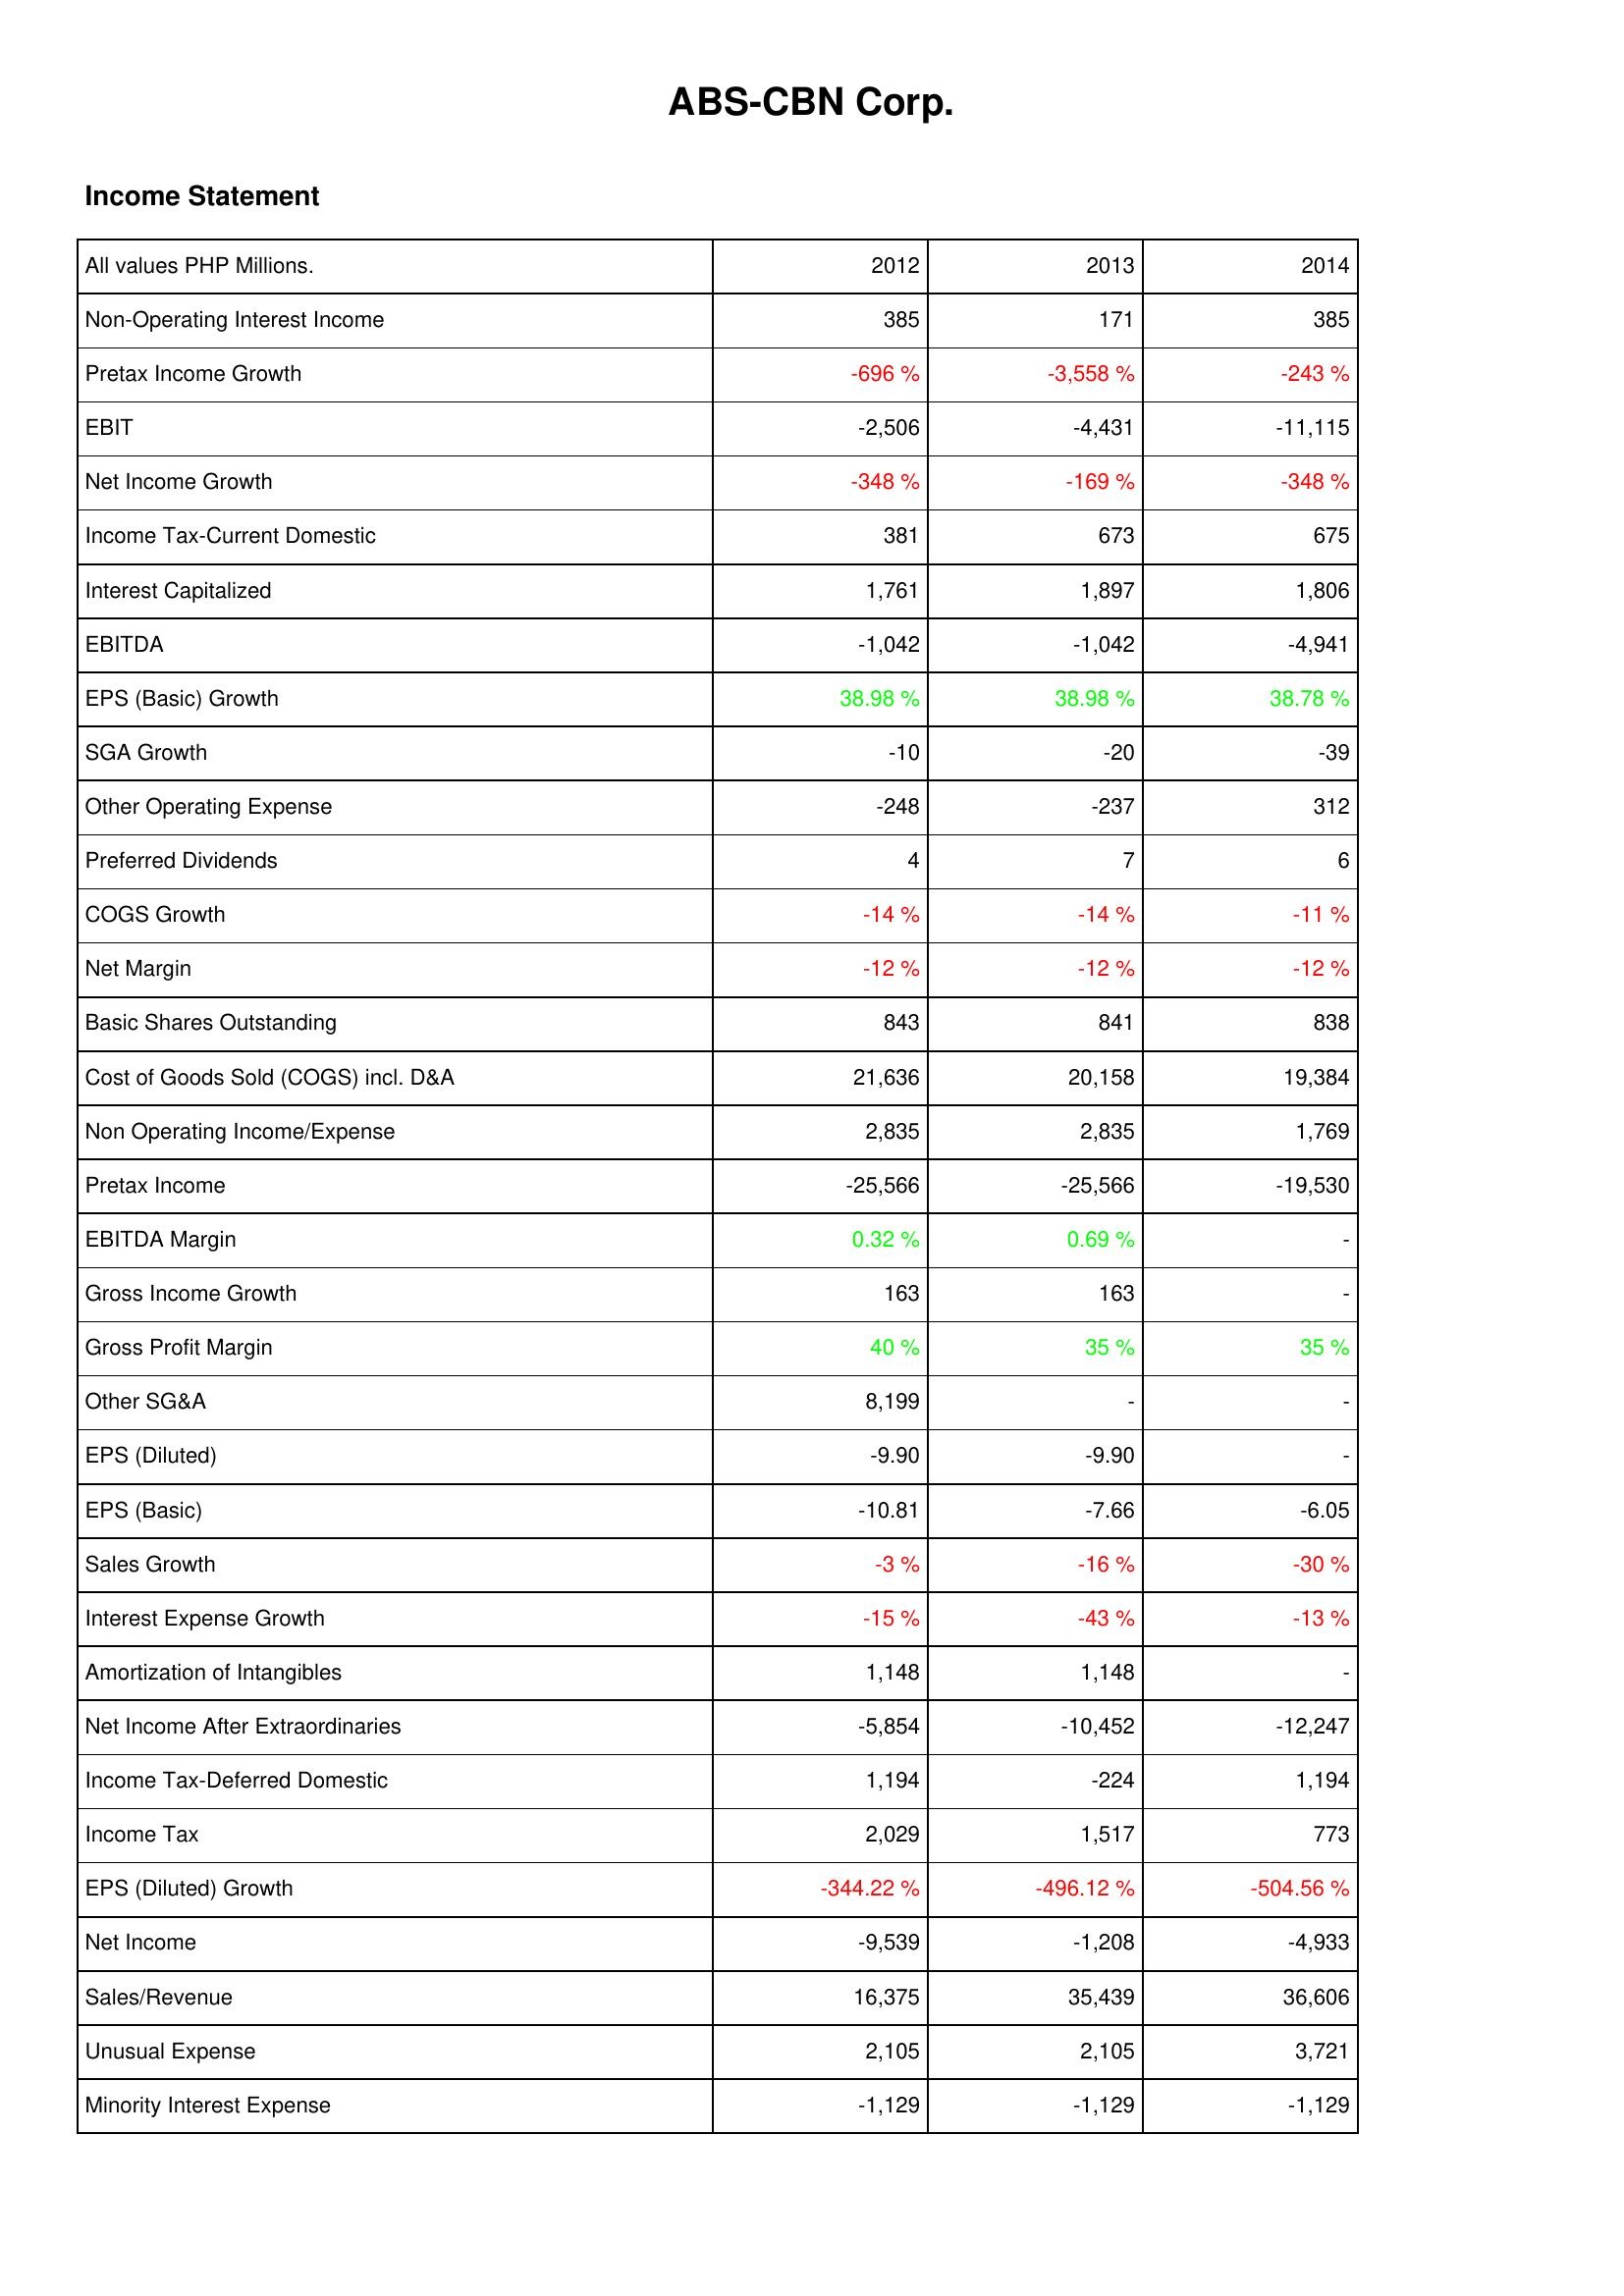
2012: Income Statement: Non-Operating Interest Income: 385
Pretax Income Growth: -696 %
EBIT: -2,506
Net Income Growth: -348 %
Income Tax-Current Domestic: 381
Interest Capitalized: 1,761
EBITDA: -1,042
EPS (Basic) Growth: 38.98 %
SGA Growth: -10
Other Operating Expense: -248
Preferred Dividends: 4
COGS Growth: -14 %
Net Margin: -12 %
Basic Shares Outstanding: 843
Cost of Goods Sold (COGS) incl. D&A: 21,636
Non Operating Income/Expense: 2,835
Pretax Income: -25,566
EBITDA Margin: 0.32 %
Gross Income Growth: 163
Gross Profit Margin: 40 %
Other SG&A: 8,199
EPS (Diluted): -9.90
EPS (Basic): -10.81
Sales Growth: -3 %
Interest Expense Growth: -15 %
Amortization of Intangibles: 1,148
Net Income After Extraordinaries: -5,854
Income Tax-Deferred Domestic: 1,194
Income Tax: 2,029
EPS (Diluted) Growth: -344.22 %
Net Income: -9,539
Sales/Revenue: 16,375
Unusual Expense: 2,105
Minority Interest Expense: -1,129
2013: Income Statement: Non-Operating Interest Income: 171
Pretax Income Growth: -3,558 %
EBIT: -4,431
Net Income Growth: -169 %
Income Tax-Current Domestic: 673
Interest Capitalized: 1,897
EBITDA: -1,042
EPS (Basic) Growth: 38.98 %
SGA Growth: -20
Other Operating Expense: -237
Preferred Dividends: 7
COGS Growth: -14 %
Net Margin: -12 %
Basic Shares Outstanding: 841
Cost of Goods Sold (COGS) incl. D&A: 20,158
Non Operating Income/Expense: 2,835
Pretax Income: -25,566
EBITDA Margin: 0.69 %
Gross Income Growth: 163
Gross Profit Margin: 35 %
Other SG&A: -
EPS (Diluted): -9.90
EPS (Basic): -7.66
Sales Growth: -16 %
Interest Expense Growth: -43 %
Amortization of Intangibles: 1,148
Net Income After Extraordinaries: -10,452
Income Tax-Deferred Domestic: -224
Income Tax: 1,517
EPS (Diluted) Growth: -496.12 %
Net Income: -1,208
Sales/Revenue: 35,439
Unusual Expense: 2,105
Minority Interest Expense: -1,129
2014: Income Statement: Non-Operating Interest Income: 385
Pretax Income Growth: -243 %
EBIT: -11,115
Net Income Growth: -348 %
Income Tax-Current Domestic: 675
Interest Capitalized: 1,806
EBITDA: -4,941
EPS (Basic) Growth: 38.78 %
SGA Growth: -39
Other Operating Expense: 312
Preferred Dividends: 6
COGS Growth: -11 %
Net Margin: -12 %
Basic Shares Outstanding: 838
Cost of Goods Sold (COGS) incl. D&A: 19,384
Non Operating Income/Expense: 1,769
Pretax Income: -19,530
EBITDA Margin: -
Gross Income Growth: -
Gross Profit Margin: 35 %
Other SG&A: -
EPS (Diluted): -
EPS (Basic): -6.05
Sales Growth: -30 %
Interest Expense Growth: -13 %
Amortization of Intangibles: -
Net Income After Extraordinaries: -12,247
Income Tax-Deferred Domestic: 1,194
Income Tax: 773
EPS (Diluted) Growth: -504.56 %
Net Income: -4,933
Sales/Revenue: 36,606
Unusual Expense: 3,721
Minority Interest Expense: -1,129